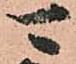
可